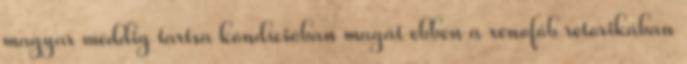
magyar meddig tartsa kondícióban magát ebben a xenofób retorikában